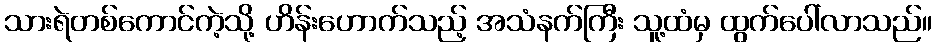
သားရဲတစ်ကောင်ကဲ့သို့ ဟိန်းဟောက်သည့် အသံနက်ကြီး သူ့ထံမှ ထွက်ပေါ်လာသည်။